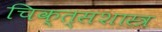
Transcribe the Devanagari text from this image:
चिक्त्सशास्त्र